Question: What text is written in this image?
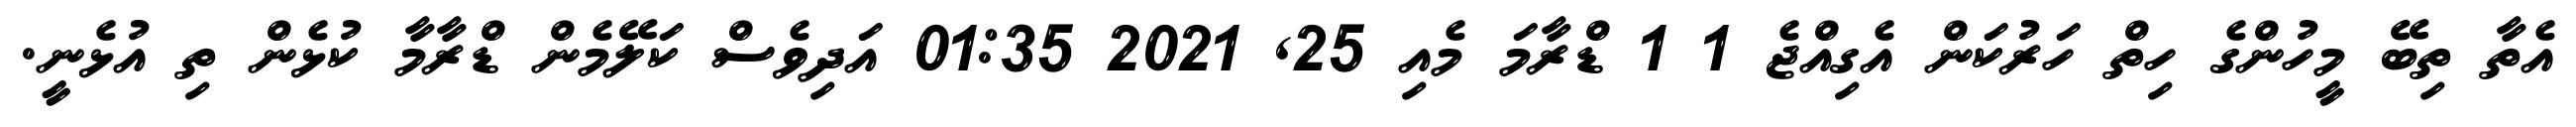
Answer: އެތާ ތިބޭ މީހުންގެ ހިތް ހަރުކަން އެގިއްޖެ 1 1 ޑްރާމަ މެއި 25, 2021 01:35 އަދިވެސް ކަލޭމެން ޑްރާމާ ކުޅެން ތި އުޅެނީ.